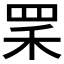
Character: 𦊜